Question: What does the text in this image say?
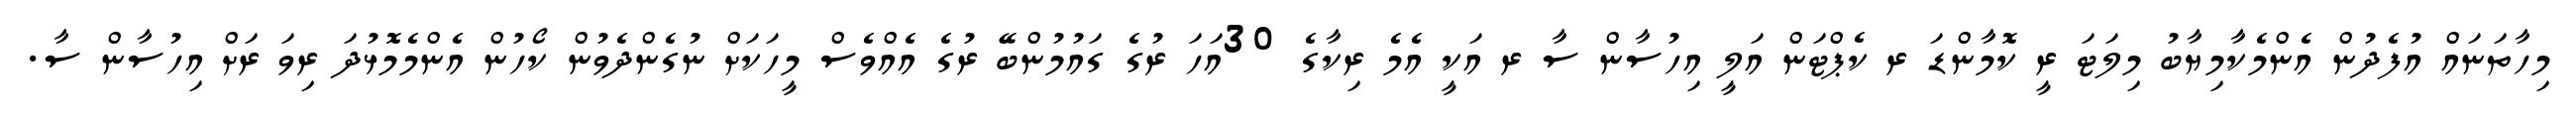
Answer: މިހާތަނައް އުފެދުން އެންމެކާމިޔާބު މިލަޓަ ރީ ކޮމާންޑަ ރ ކެޕްޓަން އަލީ އިހުސާން ސާ ރ އަކީ އެމެ ރިކާގެ 30އަހަ ރުގެ ގައުމުންބޭ ރުގެ އެއްވެސް މީހަކަށް ނުގެންދެވުން ކޯހުން އެންމެމޮޅުދަ ރިވަ ރަށް އިހުސާން ސާ.